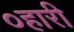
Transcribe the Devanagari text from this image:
०हारी